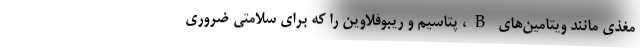
مغذی مانند ویتامین‌های B، پتاسیم و ریبوفلاوین را که برای سلامتی ضروری